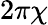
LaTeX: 2\pi\chi